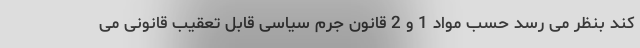
کند بنظر می رسد حسب مواد 1 و 2 قانون جرم سیاسی قابل تعقیب قانونی می